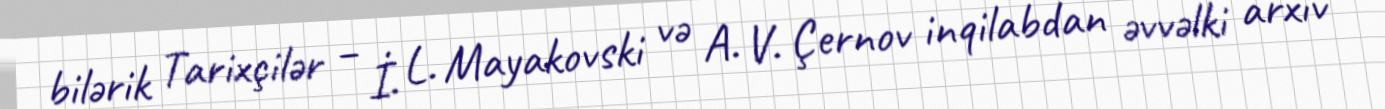
bilərik Tarixçilər – İ. L. Mayakovski və A. V. Çernov inqilabdan əvvəlki arxiv